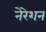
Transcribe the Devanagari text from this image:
नेरेशन